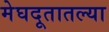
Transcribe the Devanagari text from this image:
मेघदूतातल्या